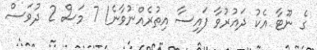
ގެ ނޫޓާ އެކު ދައުރުވާ ފައިސާ އިތުރެއްނުވާނެ! 7 މަސް 2 ދުވަސް